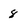
Character: 8